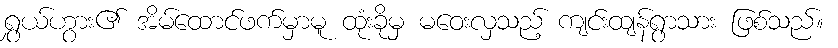
ရွှယ်ဟွား၏ အိမ်ထောင်ဖက်မှာမူ ထုံးခိုမှ မဝေးလှသည့် ကျင်းထျန်ရွာသား ဖြစ်သည်။